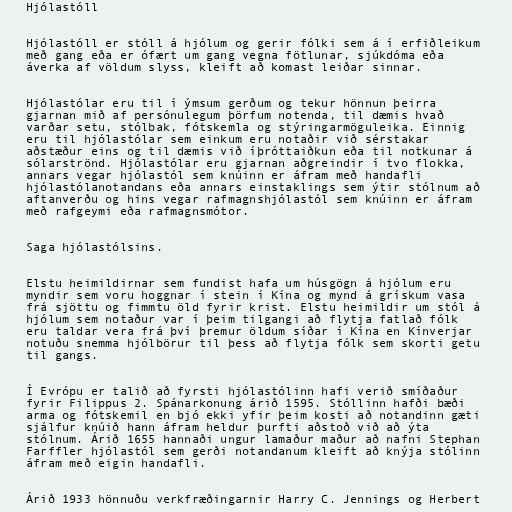
Hjólastóll

Hjólastóll er stóll á hjólum og gerir fólki sem á í erfiðleikum
með gang eða er ófært um gang vegna fötlunar, sjúkdóma eða
áverka af völdum slyss, kleift að komast leiðar sinnar.

Hjólastólar eru til í ýmsum gerðum og tekur hönnun þeirra
gjarnan mið af persónulegum þörfum notenda, til dæmis hvað
varðar setu, stólbak, fótskemla og stýringarmöguleika. Einnig
eru til hjólastólar sem einkum eru notaðir við sérstakar
aðstæður eins og til dæmis við íþróttaiðkun eða til notkunar á
sólarströnd. Hjólastólar eru gjarnan aðgreindir í tvo flokka,
annars vegar hjólastól sem knúinn er áfram með handafli
hjólastólanotandans eða annars einstaklings sem ýtir stólnum að
aftanverðu og hins vegar rafmagnshjólastól sem knúinn er áfram
með rafgeymi eða rafmagnsmótor.

Saga hjólastólsins.

Elstu heimildirnar sem fundist hafa um húsgögn á hjólum eru
myndir sem voru hoggnar í stein í Kína og mynd á grískum vasa
frá sjöttu og fimmtu öld fyrir krist. Elstu heimildir um stól á
hjólum sem notaður var í þeim tilgangi að flytja fatlað fólk
eru taldar vera frá því þremur öldum síðar í Kína en Kínverjar
notuðu snemma hjólbörur til þess að flytja fólk sem skorti getu
til gangs.

Í Evrópu er talið að fyrsti hjólastólinn hafi verið smíðaður
fyrir Filippus 2. Spánarkonung árið 1595. Stóllinn hafði bæði
arma og fótskemil en bjó ekki yfir þeim kosti að notandinn gæti
sjálfur knúið hann áfram heldur þurfti aðstoð við að ýta
stólnum. Árið 1655 hannaði ungur lamaður maður að nafni Stephan
Farffler hjólastól sem gerði notandanum kleift að knýja stólinn
áfram með eigin handafli.

Árið 1933 hönnuðu verkfræðingarnir Harry C. Jennings og Herbert